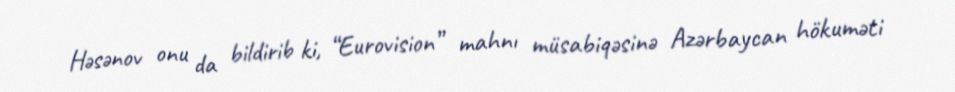
Həsənov onu da bildirib ki, “Eurovision” mahnı müsabiqəsinə Azərbaycan hökuməti